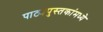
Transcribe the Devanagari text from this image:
पाठ्यपुस्तकांमध्ये